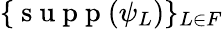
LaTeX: \{ \mathrm{~s~u~p~p~}(\psi_{L})\} _{L\in F}